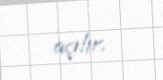
açılır.